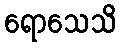
ရောသေသိ